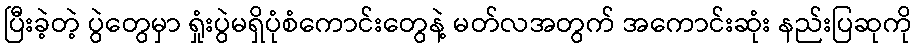
ပြီးခဲ့တဲ့ ပွဲတွေမှာ ရှုံးပွဲမရှိပုံစံကောင်းတွေနဲ့ မတ်လအတွက် အကောင်းဆုံး နည်းပြဆုကို